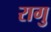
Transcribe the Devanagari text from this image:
रागु